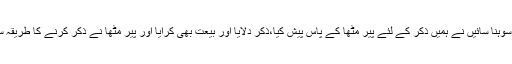
چنانچہ سوہنا سائیں نے ہمیں ذکر کے لئے پیر مٹھاؒ کے پاس پیش کیا،ذکر دلایا اور بیعت بھی کرایا اور پیر مٹھاؒ نے ذکر کرنے کا طریقہ سمجھایا۔